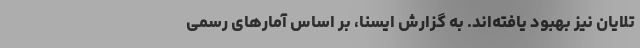
تلایان نیز بهبود یافته‌اند. به گزارش ایسنا، بر اساس آمارهای رسمیِ